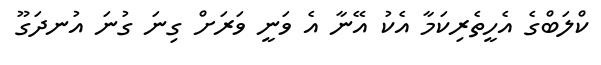
ކްލަބްގެ އެހީތެރިކަމާ އެކު އޭނާ އެ ވަނީ ވަރަށް ގިނަ ގުނަ އުނދަގޫ